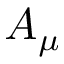
A _ { \mu }